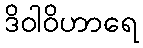
ဒိဝါဝိဟာရေ